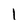
Character: l